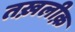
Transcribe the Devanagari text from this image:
तख़लीक़